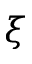
\xi